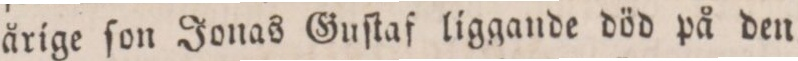
årige ſon Jonas Guſtaf liggande död på den